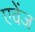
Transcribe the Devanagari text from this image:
एवेंज